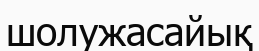
шолужасайық